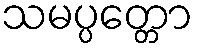
သမပ္ပတ္တော